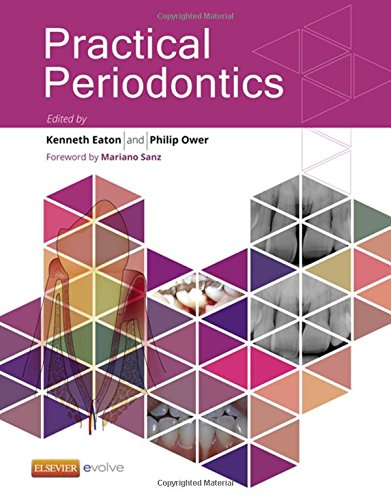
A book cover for Practical Periodontics, 1e; Medical Books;